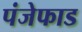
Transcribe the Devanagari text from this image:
पंजेफाड